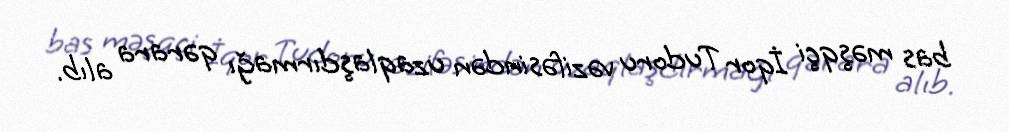
bas məşqçi İqor Tudoru vəzifəsindən uzaqlaşdırmağı qərara alıb.